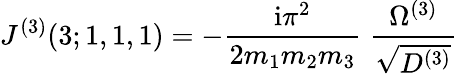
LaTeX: J^{(3)}(3;1,1,1)=-\frac{\mathrm{i}\pi^{2}}{2m_{1}m_{2}m_{3}}\; \frac{\Omega^{(3)}}{\sqrt{D^{(3)}}}